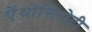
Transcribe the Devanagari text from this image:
ऐंथोसिरोटी